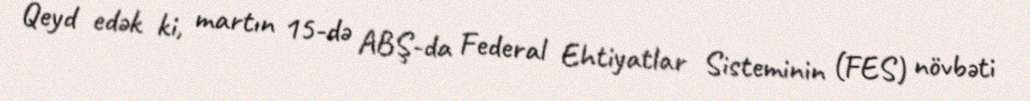
Qeyd edək ki, martın 15-də ABŞ-da Federal Ehtiyatlar Sisteminin (FES) növbəti